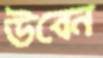
উবেন